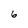
Character: 6